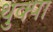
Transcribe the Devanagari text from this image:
थुक्पा